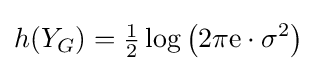
h(Y_{G})={\tfrac {1}{2}}\log \left(2\pi \mathrm {e} \cdot \sigma ^{2}\right)